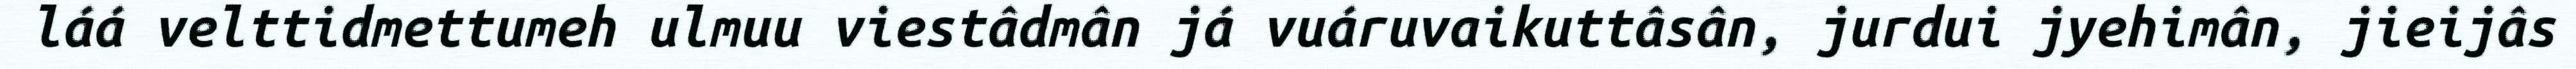
láá velttidmettumeh ulmuu viestâdmân já vuáruvaikuttâsân, jurdui jyehimân, jieijâs